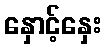
နှောင့်နှေး